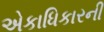
એકાધિકારની